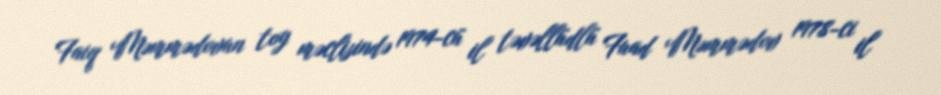
Faiq Məmmədovun toy məclisində 1974-cü il təvəllüdlü Fuad Məmmədov 1978-ci il